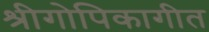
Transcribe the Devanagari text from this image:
श्रीगोपिकागीत